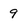
Character: 9